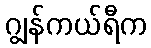
ဂျွန်ကယ်ရီက